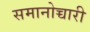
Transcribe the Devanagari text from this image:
समानोच्चारी